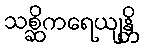
သစ္ဆိကရေယျန္တိ